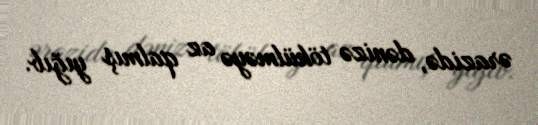
ərazidə, dənizə tökülməyə az qalmış yığıb.